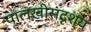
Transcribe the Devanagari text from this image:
पालखीसदृश्य